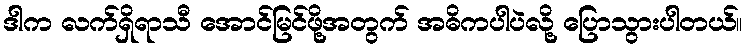
ဒါက လက်ရှိရာသီ အောင်မြင်ဖို့အတွက် အဓိကပါပဲလို့ ပြောသွားပါတယ်။